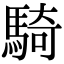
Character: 騎